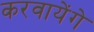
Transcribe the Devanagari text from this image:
करवायेंगे